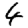
Digit: 4